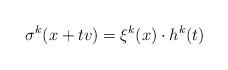
LaTeX: \begin{align*}\sigma^k(x + tv) = \xi^k(x) \cdot h^k(t) \end{align*}